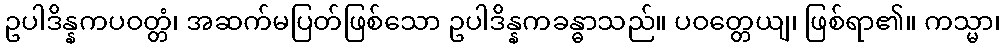
ဥပါဒိန္နကပဝတ္တံ၊ အဆက်မပြတ်ဖြစ်သော ဥပါဒိန္နကခန္ဓာသည်။ ပဝတ္တေယျ၊ ဖြစ်ရာ၏။ ကသ္မာ၊